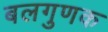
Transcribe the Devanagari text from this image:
बलगुणक